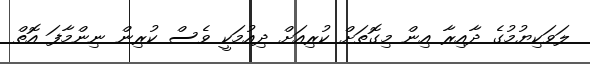
ލަވަކިޔުމުގެ ދާއިރާ އިން މިގޮތަށް ކުރިއަށް ދިއުމަކީ ވެސް ކުރިން ނިންމާފަ އޮތް